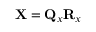
{ \bf X } = { \bf Q } _ { x } { \bf R } _ { x }